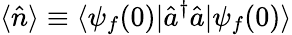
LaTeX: \langle\hat{n}\rangle\equiv\langle\psi_{f}(0)|\hat{a}^{\dagger}\hat{a}|\psi_{f}(0)\rangle